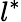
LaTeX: l^{*}